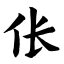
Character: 伥